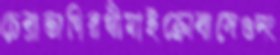
চেরাভাগিরথীমাইক্রোবাসেওদং